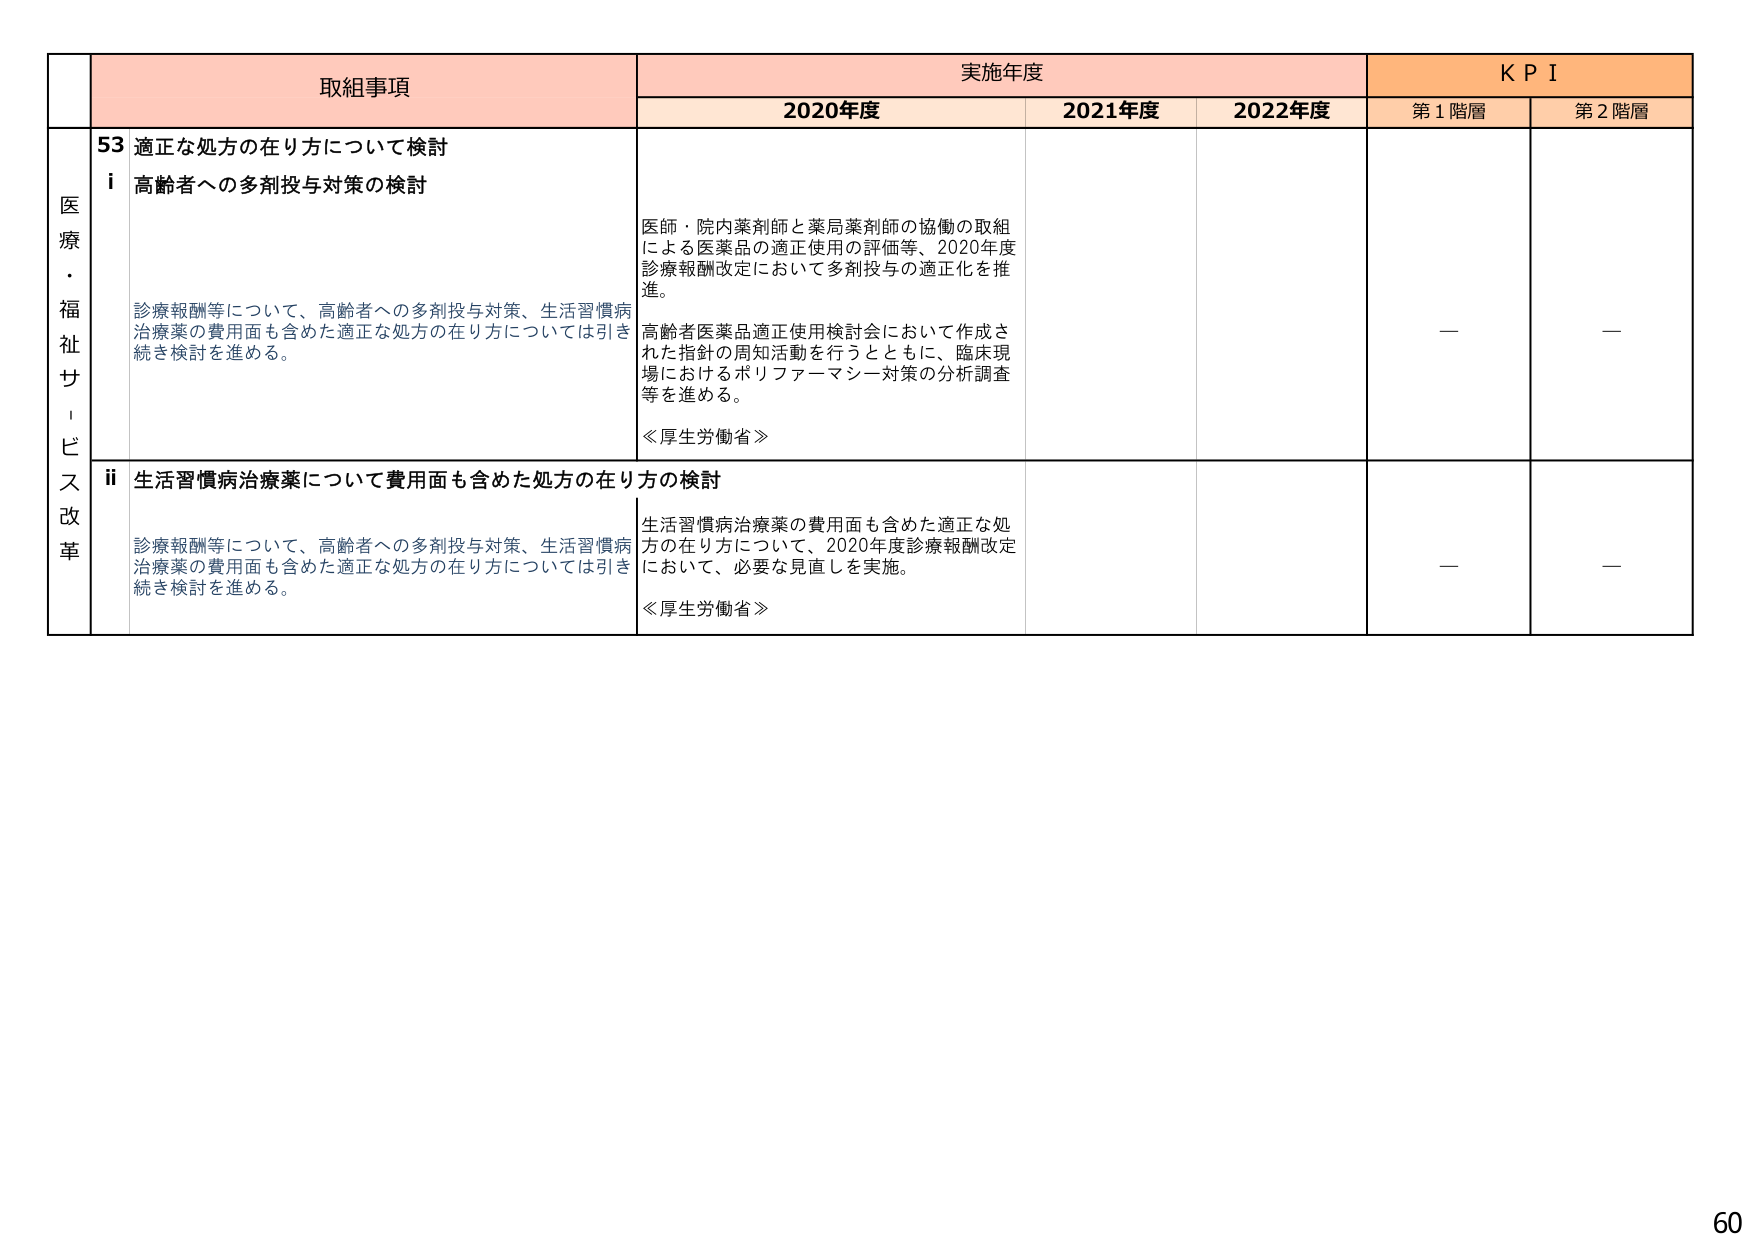
取組事項 実施年度 K P I
2020年度 2021年度 2022年度 第1階層 第2階層
医療・福祉サービス改革
53 適正な処方の在り方について検討
i 高齢者への多剤投与対策の検討
診療報酬等について、高齢者への多剤投与対策、生活習慣病治療薬の費用面も含めた適正な処方の在り方については引き続き検討を進める。
医師・院内薬剤師と薬局薬剤師の協働の取組による医薬品の適正使用の評価等、2020年度診療報酬改定において多剤投与の適正化を推進。
高齢者医薬品適正使用検討会において作成された指針の周知活動を行うとともに、臨床現場におけるポリファーマシー対策の分析調査等を進める。
≪厚生労働省≫
— —
ii 生活習慣病治療薬について費用面も含めた処方の在り方の検討
診療報酬等について、高齢者への多剤投与対策、生活習慣病治療薬の費用面も含めた適正な処方の在り方については引き続き検討を進める。
生活習慣病治療薬の費用面も含めた適正な処方の在り方について、2020年度診療報酬改定において、必要な見直しを実施。
≪厚生労働省≫
— —
60